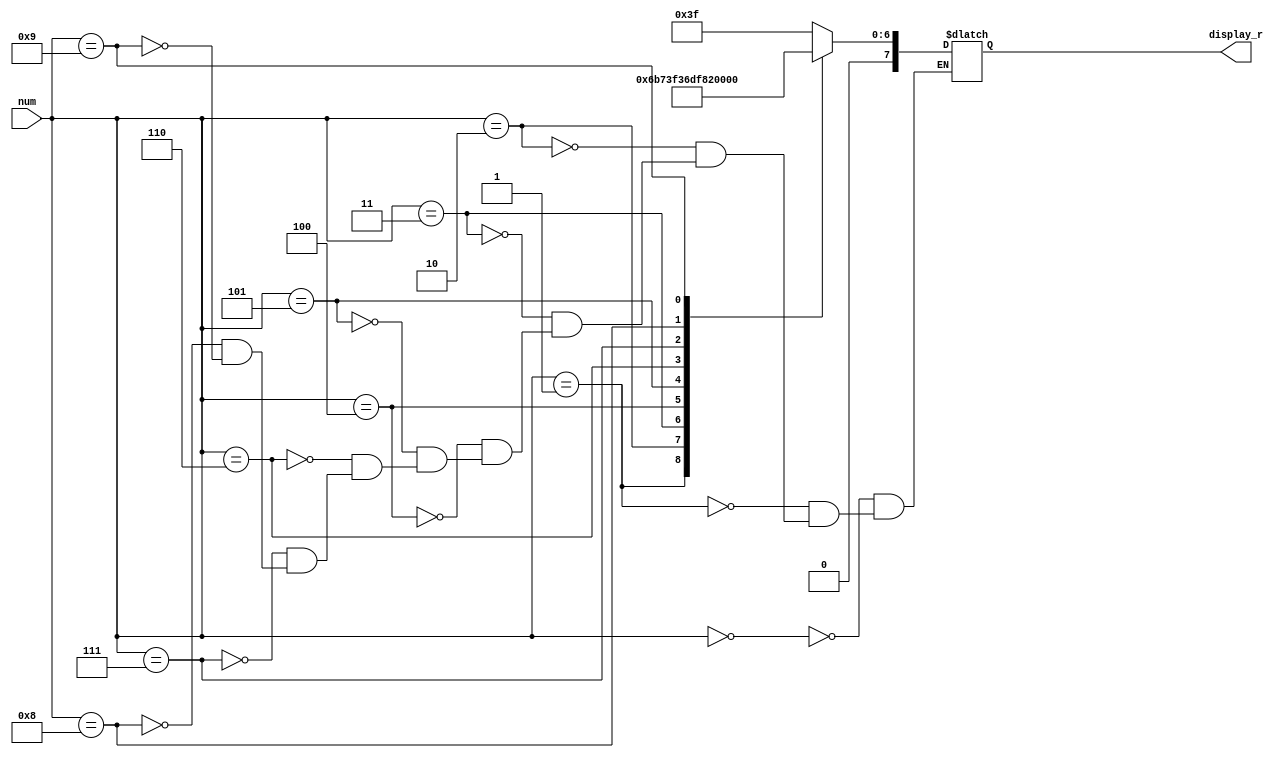
`timescale 1ns / 1ps
//////////////////////////////////////////////////////////////////////////////////
// Company: 
// Engineer: 
// 
// Design Name: 
// Module Name: num_display
// Project Name: 
// Target Devices: 
// Tool Versions: 
// Description: 
// 
// Dependencies: 
// 
// Revision:
// Revision 0.01 - File Created
// Additional Comments:
// 
//////////////////////////////////////////////////////////////////////////////////


//8
module num_display(
input [3:0] num,
output reg [7:0] display_r
    );
    always @(num)
    begin
    case(num)
    4'b000: display_r=8'b00111111;
    4'b001: display_r=8'b00000110;
    4'b010: display_r=8'b01011011;
    4'b011: display_r=8'b01001111;
    4'b100: display_r=8'b01100110;
    4'b101: display_r=8'b01101101;
    4'b110: display_r=8'b01111100;
    4'b111: display_r=8'b00000111;
    4'b1000: display_r=8'b01111111;
    4'b1001: display_r=8'b01100111;
    endcase
    end
endmodule